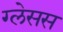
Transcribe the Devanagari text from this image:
ग्लेसस